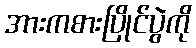
အားကစားပြိုင်ပွဲကို